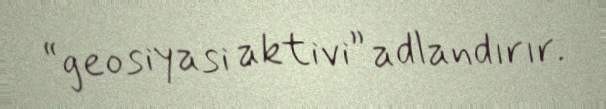
“geosiyasi aktivi” adlandırır.